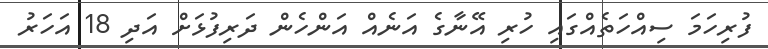
ފުރިހަމަ ސިއްހަތެއްގައި ހުރި އޭނާގެ އަނެއް އަންހެން ދަރިފުޅަށް އަދި 18 އަހަރު